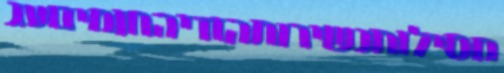
מסילותנשירותהודיהחומיםעג